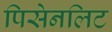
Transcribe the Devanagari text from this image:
पिसेनलिट